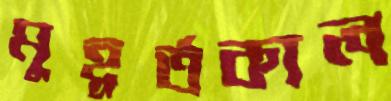
মুহূর্তকাল